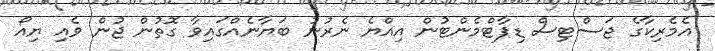
އެމެރިކާގެ ޖަސްޓިސް ޑިޕާޓްމެންޓުން އިއްޔެ ނެރުނު ބަޔާނެއްގައިވާ ގޮތުން ޖުން ވެއި ޔިއޯ